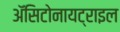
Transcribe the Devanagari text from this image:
ॲसिटोनायट्राइल